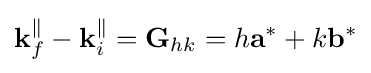
\mathbf {k} _{f}^{\parallel }-\mathbf {k} _{i}^{\parallel }=\mathbf {G} _{hk}=h\mathbf {a} ^{*}+k\mathbf {b} ^{*}